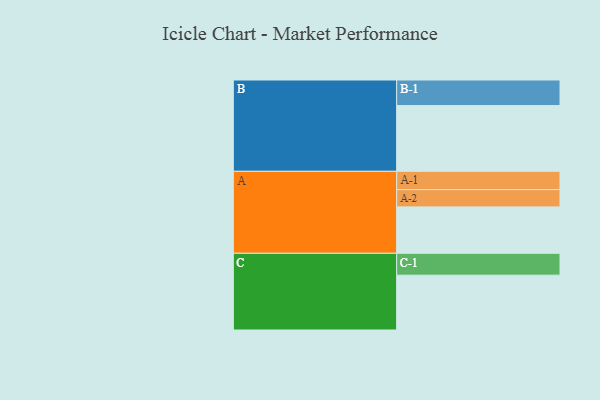
{"axis": {"x": "Segment", "y": "Value"}, "legend": ["", "A", "B", "C"], "data": [{"x": "A", "y": 403, "type": ""}, {"x": "B", "y": 571, "type": ""}, {"x": "C", "y": 476, "type": ""}, {"x": "A-1", "y": 159, "type": "A"}, {"x": "A-2", "y": 150, "type": "A"}, {"x": "B-1", "y": 222, "type": "B"}, {"x": "C-1", "y": 190, "type": "C"}]}